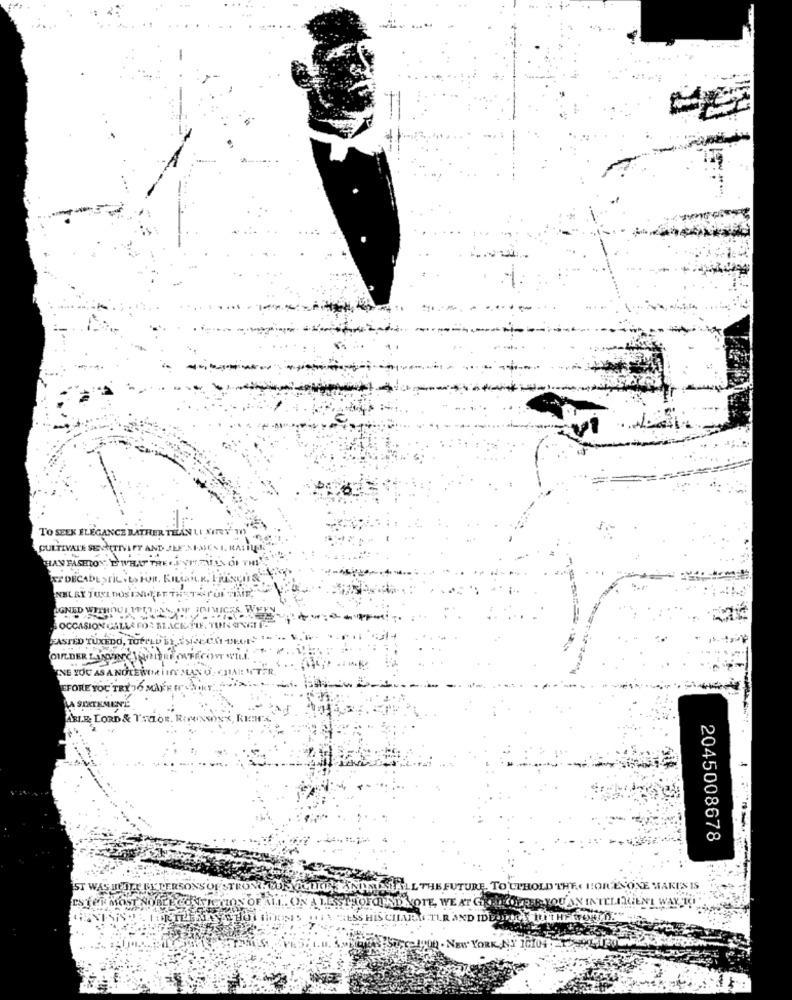
TO SEEK ELEGANCE BATHER T
CULTIVALE SEN
PY ANT
HAN FASHION, E WH
NY DECADES
NHLAY TUNAD
IGNED WIT
OCCASION
FASTED TUXEDO,
OILDER LINGUINE
YOU AS ANO
FORE YOU TRY TO MAKE
KMEN
LORD & TSTOR. R
2045008678
ILL THE FUTURE. TO LTHOLD THECHOICESONE WAKU'S IS
ON A
LOU ANIN
SSHOFCLIND NOTE, WE AT GRIL
IDE
. NEW YORK NY 16104